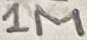
Text: 1M